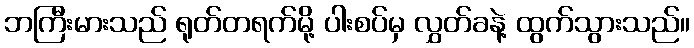
ဘကြီးမားသည် ရုတ်တရက်မို့ ပါးစပ်မှ လွှတ်ခနဲ့ ထွက်သွားသည်။